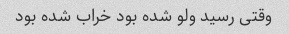
وقتی رسید ولو شده بود خراب شده بود